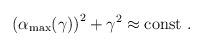
LaTeX: \begin{align*}\left( \alpha_{\rm max}(\gamma) \right)^2 + \gamma^2 \approx \rm const\ .\end{align*}